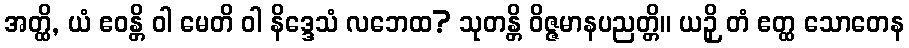
အတ္ထိ, ယံ ဧဝန္တိ ဝါ မေတိ ဝါ နိဒ္ဒေသံ လဘေထ? သုတန္တိ ဝိဇ္ဇမာနပညတ္တိ။ ယဉှိ တံ ဧတ္ထ သောတေန